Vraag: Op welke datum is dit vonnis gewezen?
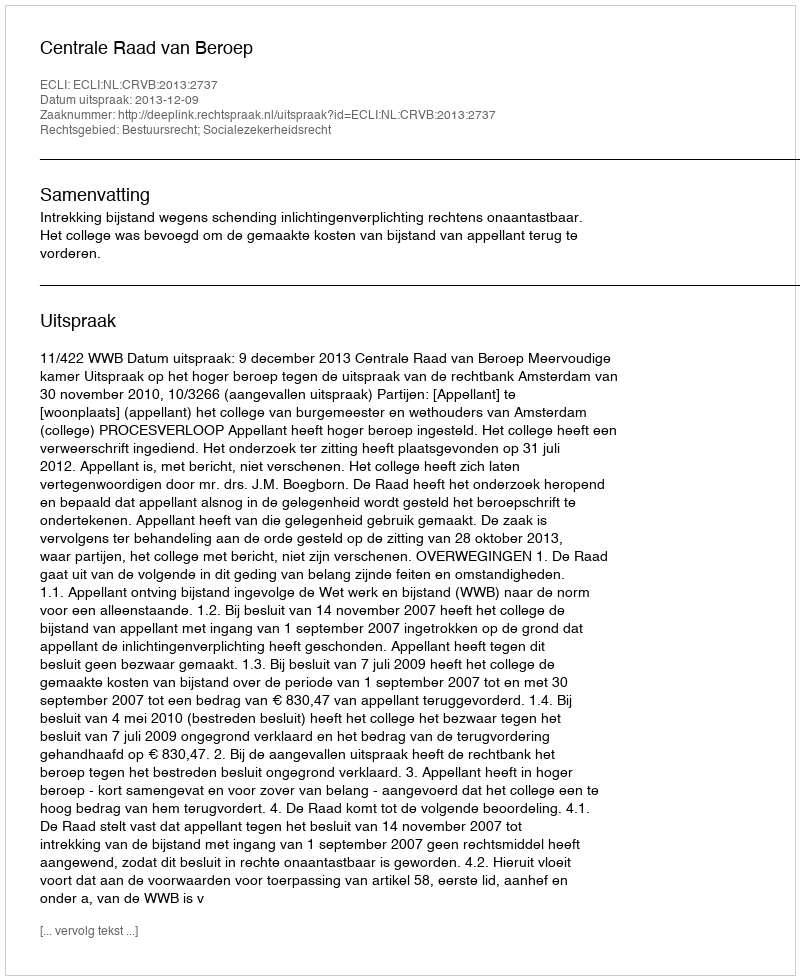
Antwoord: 2013-12-09